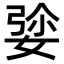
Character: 𡝡